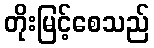
တိုးမြင့်စေသည်